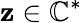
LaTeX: \mathbf{z}\in\mathbb{{C}}^{*}